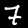
Digit: 7